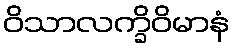
ဝိသာလက္ခိဝိမာနံ